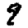
Digit: 9